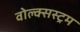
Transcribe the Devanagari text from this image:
वोल्क्सस्ट्रम